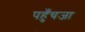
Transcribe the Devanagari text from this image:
पहुँचजा